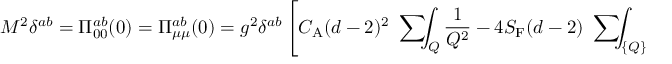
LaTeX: M ^ { 2 } \delta ^ { a b } = \Pi _ { 0 0 } ^ { a b } ( 0 ) = \Pi _ { \mu \mu } ^ { a b } ( 0 ) = g ^ { 2 } \delta ^ { a b } \left[ C _ { \mathrm { A } } ( d - 2 ) ^ { 2 } \mathrm { ~ \sum ~ } \! \! \! \! \! \! \int _ { Q } \frac { 1 } { Q ^ { 2 } } - 4 S _ { \mathrm { F } } ( d - 2 ) \mathrm { ~ \sum ~ } \! \! \! \! \! \! \int _ { \{ Q \} } \frac { 1 } { Q ^ { 2 } } \right] \, .